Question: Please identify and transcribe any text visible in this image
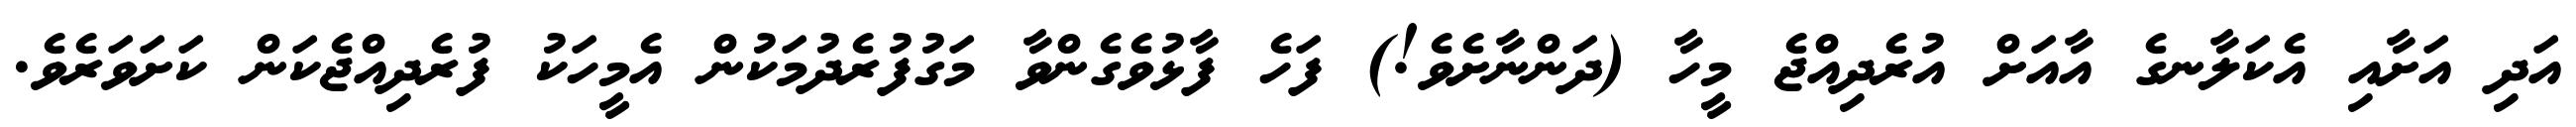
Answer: އަދި އަށާއި އެކަލާނގެ އާއަށް އުރެދިއްޖެ މީހާ (ދަންނާށެވެ!) ފަހެ ފާޅުވެގެންވާ މަގުފުރެދުމަކުން އެމީހަކު ފުރެދިއްޖެކަން ކަށަވަރެވެ.